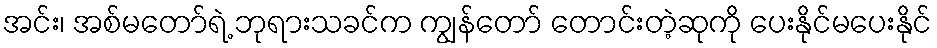
အင်း၊ အစ်မတော်ရဲ့ ဘုရားသခင်က ကျွန်တော် တောင်းတဲ့ဆုကို ပေးနိုင်မပေးနိုင်